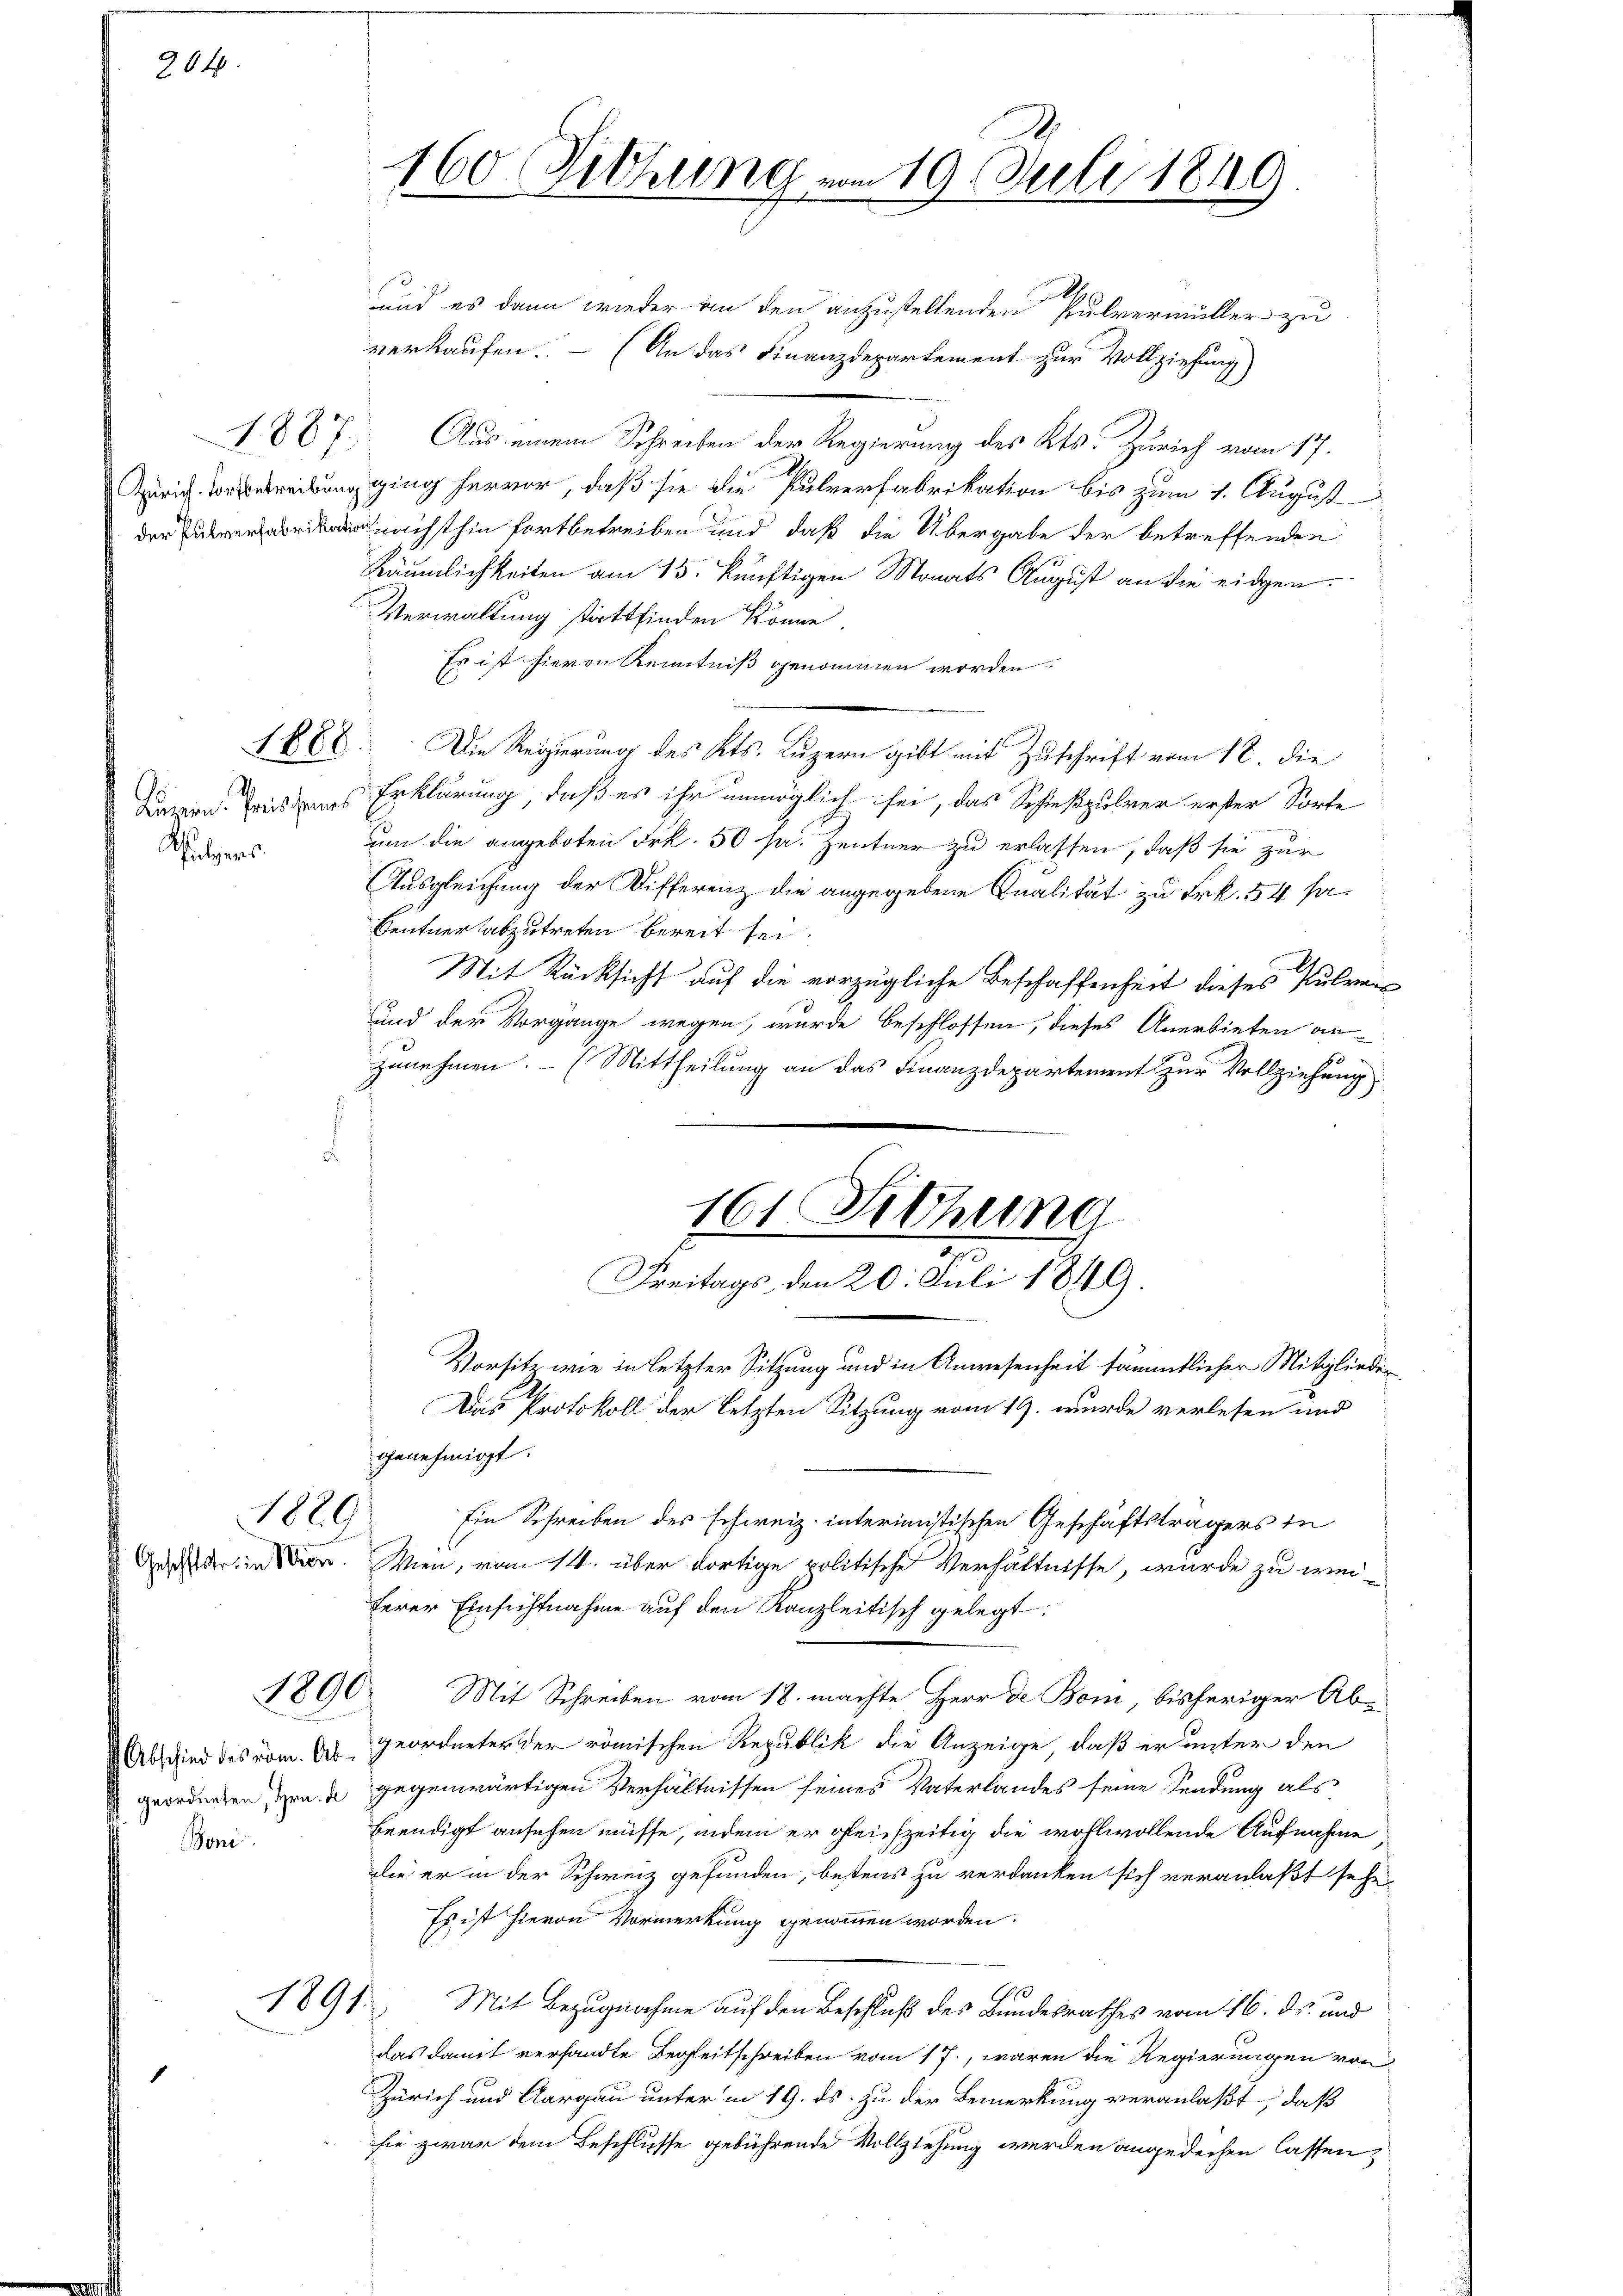
204.

1887.

A
Luzern. Preis seines
Sulgers

e
und es dann wieder von den anzustellenden Pulvermüller zu
verkaufen. (An das Finanzdepartement zur Vollziehung)
Aus einem Schreiben der Regierung des Kts. Zürich vom 17.
Zürich Vorstreibung ging hervor, daß sie die Pulverfabrikation bis zum 1. August
der nächsthin fortbetreiben und daß die Übergabe der betreffenden
Räumlichkeiten am 15. künftigen Monats August an die eidgen
Verwaltung stattfinden könne
Es ist hievon Kenntniß genommen worden.
1888. Die Regierung des Kts. Luzern gibt mit Zuschrift vom 18. die
Erklärung, daß es ihr unmöglich sei, das Schießpulver erster Sorte
um die angeboten Frk. 50 sr. Zentner zu erlassen, daß sie zur
Ausgleichung der Differenz die angegebene Qualität zu Frk. 54 sa¬
Centner abzutreten bereit sei.
Mit Rücksicht auf die vorzügliche Beschaffenheit dieses Pulver¬
und der Vorgänge wegen, wurde beschlossen, dieses Anerbieten an-
zunehmen. - (Mittheilung an das Finanzdepartement zur Vollziehung
161 Fittung
Freitags, den 20. Juli 1849.
Vorsitz wie in letzter Sitzung und in Anwesenheit sämmtlicher Mitgliede
Das Protokoll der letzten Sitzung vom 19. wurde verlesen und
genehmigt.
Ein Schreiben des schweiz. interimistischen Geschäftsträgers in
Gerader in Ven. Wien, vom 14. über dortige politische Verhältnisse, wurde zu weiferer Einsichtnahme auf den Kanzleitisch gelegt.
1890. Mit Schreiben vom 18. machte Herr de Bom, bisheriger Ab¬
Abschied des röm. Abgeordneter der römischen Republik die Anzeige, daß er unter den
geordneten in u gegenwärtigen Verhältnissen seines Vaterlandes seine Sendung als
beendigt ansehen müsse, indem er gleichzeitig die wohlwollende Aufnahme
die er in der Schweiz gefunden, bestens zu verdanken sich veranlaßt sehe,
Es ist hievon Vormerkung genommen worden.
Mit Bezugnahme auf den Beschluß des Bundesrathes vom 16. ds. und
das damit versandte Begleitschreiben vom 17., waren die Regierungen von
Zürich und Aargau unter in 19. ds. zu der Bemerkung veranlaßt, daß
sie zwar dem Beschlusse gebührende Vollziehung werden angedechen lassen,

1800

Boni

1891

.
160 (Fithung vom 19. Juli 1849
1

1